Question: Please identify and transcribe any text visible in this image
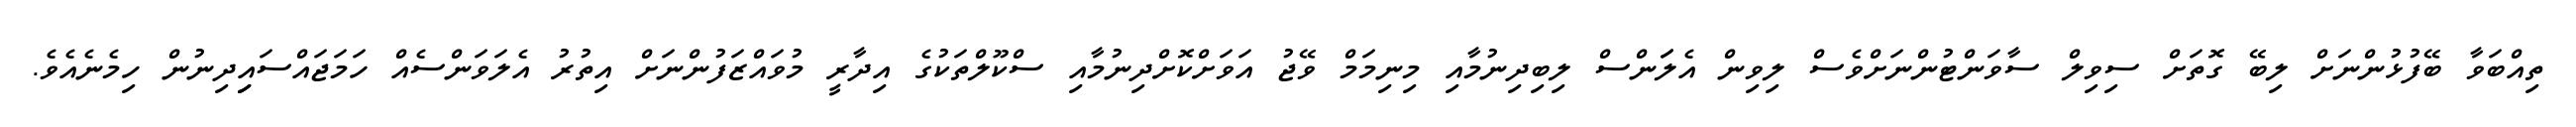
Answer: ތިއްބަވާ ބޭފުޅުންނަށް ލިބޭ ގޮތަށް ސިވިލް ސާވަންޓުންނަށްވެސް ލިވިން އެލަަންސް ލިބިދިނުމާއި މިނިމަމް ވޭޖު އަވަށްކޮށްދިނުމާއި ސްކޫލްތަކުގެ އިދާރީ މުވައްޒަފުންނަށް އިތުރު އެލަވަންސެއް ހަމަޖައްސައިިދިނުން ހިމެނެއެވެ.